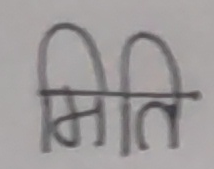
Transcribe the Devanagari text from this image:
मिति